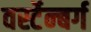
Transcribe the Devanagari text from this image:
वर्स्टेन्बर्ग